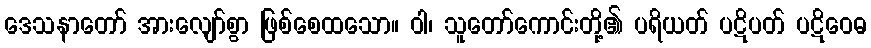
ဒေသနာတော် အားလျော်စွာ ဖြစ်စေထသော။ ဝါ၊ သူတော်ကောင်းတို့၏ ပရိယတ် ပဋိပတ် ပဋိဝေဓ